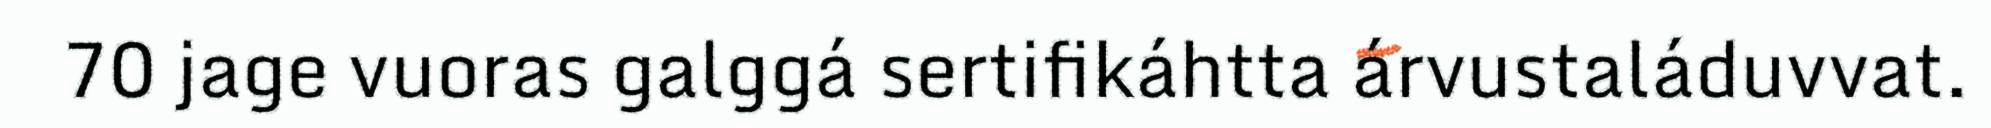
70 jage vuoras galggá sertifikáhtta árvustaláduvvat.